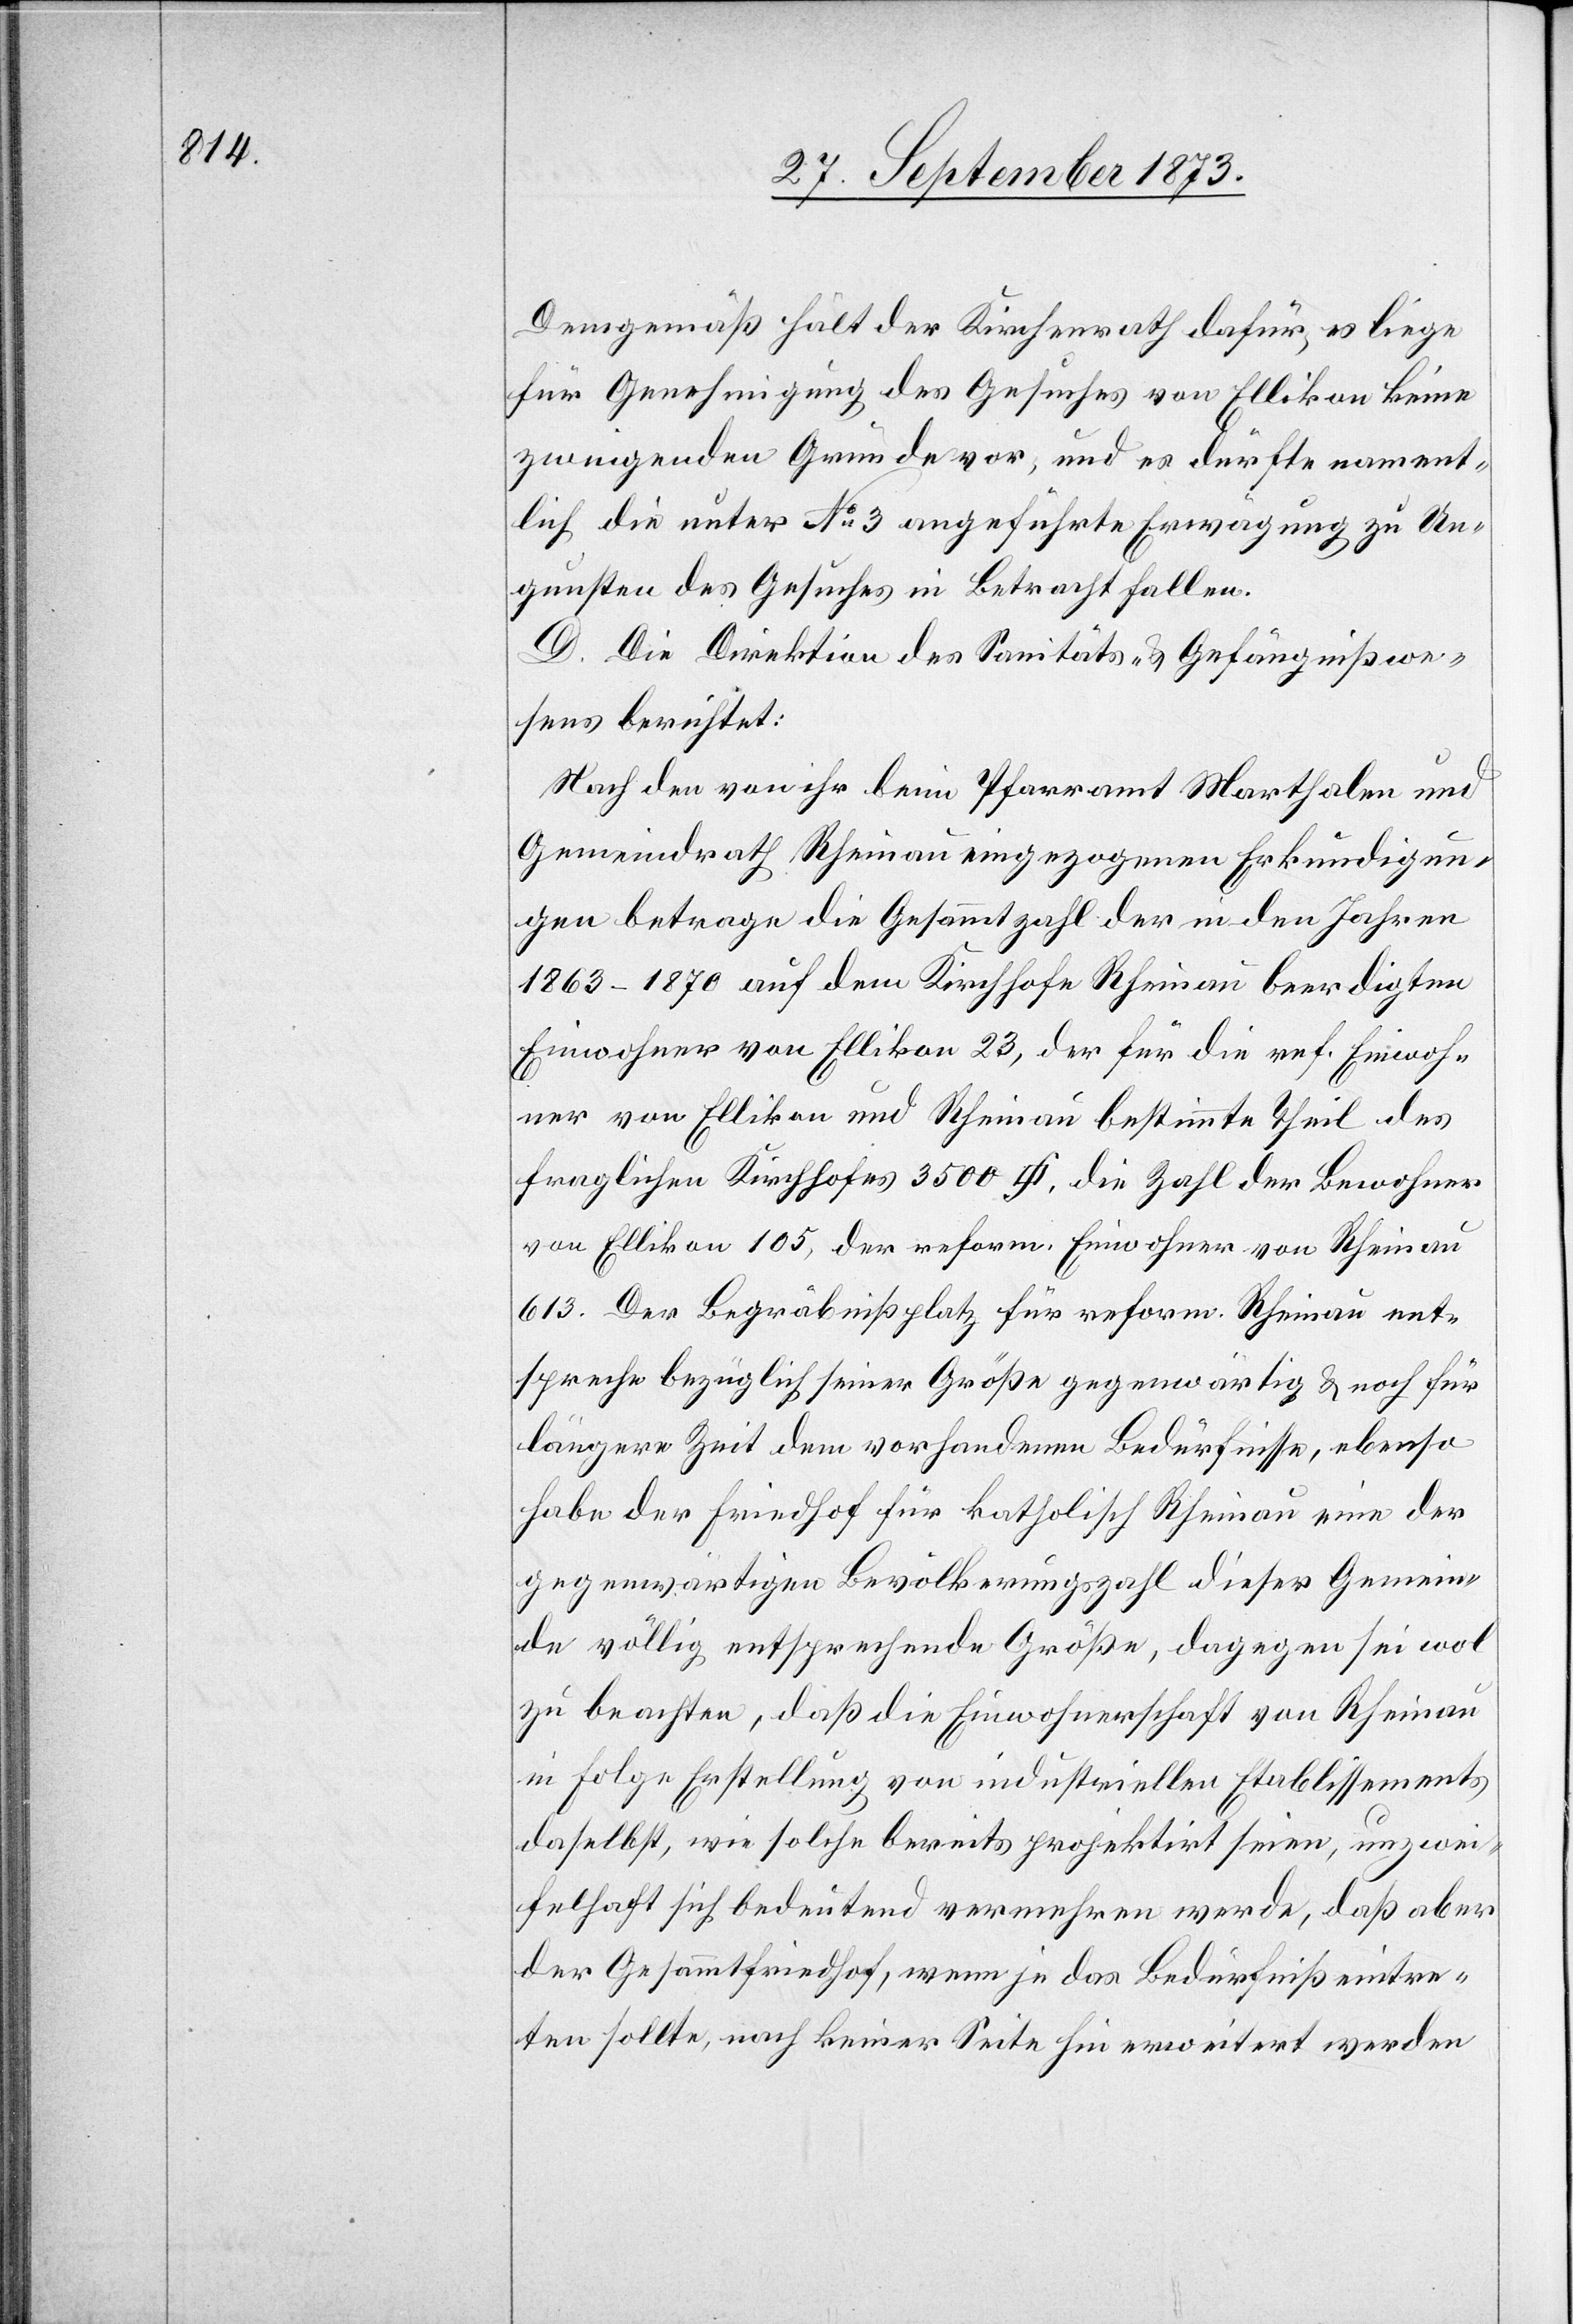
Demgemäß hält der Kirchenrath dafür, es liege
für Genehmigung des Gesuches von Ellikon keine
zwingenden Gründe vor, und es dürfte nament¬
lich die unter No 3 angeführte Erwägung zu Un¬
gunsten des Gesuches in Betracht fallen.
D. Die Direktion des Sanitäts- & Gefängnißwe¬
sens berichtet:
Nach den von ihr beim Pfarramt Marthalen und
Gemeindrath Rheinau eingezogenen Erkundigun¬
gen betrage die Gesammtzahl der in den Jahren
1863–1870 auf dem Kirchhofe Rheinau beerdigten
Einwohner von Ellikon 23, der für die ref. Einwoh¬
ner von Ellikon und Rheinau bestimmte Theil des
fraglichen Kirchhofes 3 500 [Quadratfuss], die Zahl der Bewohner
von Ellikon 105, der reform. Einwohner von Rheinau
613. Der Begräbnißplatz für reform. Rheinau ent¬
spreche bezüglich seiner Größe gegenwärtig & noch für
längere Zeit dem vorhandenen Bedürfnisse, ebenso
habe der Friedhof für katholisch Rheinau eine der
gegenwärtigen Bevölkerungszahl dieser Gemein¬
de völlig entsprechende Größe, dagegen sei wol
zu beachten, daß die Einwohnerschaft von Rheinau
in Folge Erstellung von industriellen Etablissements
daselbst, wie solche bereits projektirt seien, unzwei¬
felhaft sich bedeutend vermehren werde, daß aber
der Gesammtfriedhof, wenn je das Bedürfniß eintre¬
ten sollte, nach keiner Seite hin erweitert werden